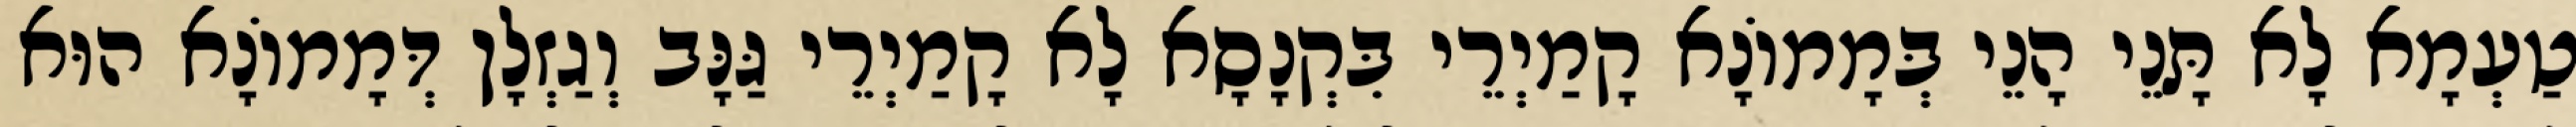
טַעְמָא לָא תָּנֵי הָנֵי בְּמָמוֹנָא קָמַיְרֵי בִּקְנָסָא לָא קָמַיְרֵי גַּנָּב וְגַזְלָן דְּמָמוֹנָא הוּא